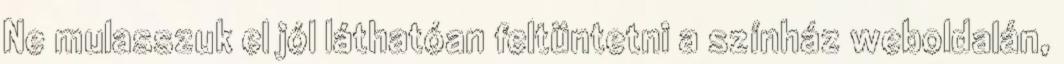
Ne mulasszuk el jól láthatóan feltüntetni a színház weboldalán,